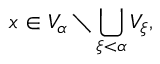
x \in V _ { \alpha } \setminus \bigcup _ { \xi < \alpha } V _ { \xi } ,